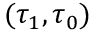
( \tau _ { 1 } , \tau _ { 0 } )